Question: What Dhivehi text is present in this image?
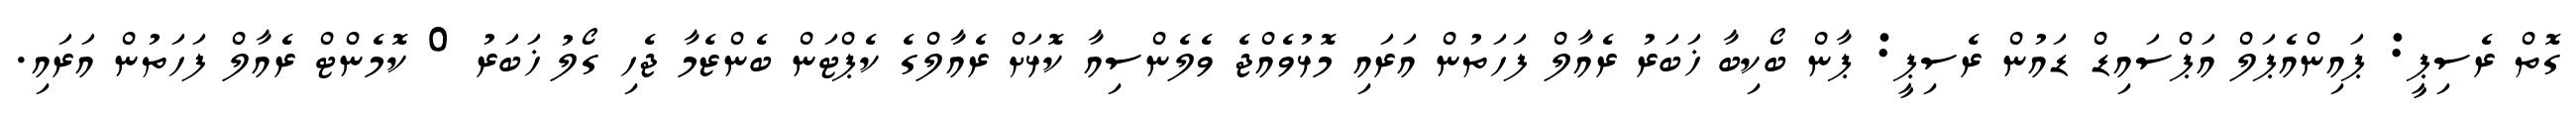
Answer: ގޮތް ރެސިޕީ: ޕައިންއެޕަލް އަޕްސައިޑް ޑައުން ރެސިޕީ: ޕާން ބޯކިބާ ޚަބަރު ރެއާލް ފަހަތުން އަރައި މޮޅުވެއްޖެ ވެލެންސިއާ ކޮޅަށް ރެއާލްގެ ކެޕްޓަން ބެންޒެމާ ޖެހި ގޯލު ޚަބަރު 0 ކޮމެންޓް ރެއާލް ފަހަތުން އަރައި.